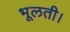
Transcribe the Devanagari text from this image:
भूलती।